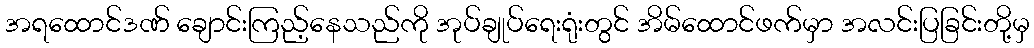
အရထောင်ဒဏ် ချောင်းကြည့်နေသည်ကို အုပ်ချုပ်ရေးရုံးတွင် အိမ်ထောင်ဖက်မှာ အလင်းပြခြင်းတို့မှ